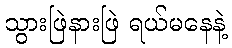
သွားဖြဲနားဖြဲ ရယ်မနေနဲ့